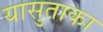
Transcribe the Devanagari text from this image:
यासुताका